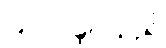
ပြုလုပ်ခဲ့ပါသည်